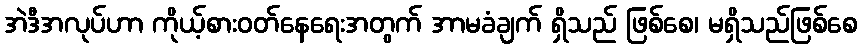
အဲဒီအလုပ်ဟာ ကိုယ့်စားဝတ်နေရေးအတွက် အာမခံချက် ရှိသည် ဖြစ်စေ၊ မရှိသည်ဖြစ်စေ